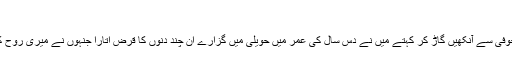
‘‘
زہر بھرے انداز میں اس کی آنکھوں میں بے خوفی سے آنکھیں گاڑ کر کہتے میں نے دس سال کی عمر میں حویلی میں گزارے ان چند دنوں کا قرض اتارا جنہوں نے میری روح کو نفرت کے تیروں سے گھائل کیے رکھا تھا۔